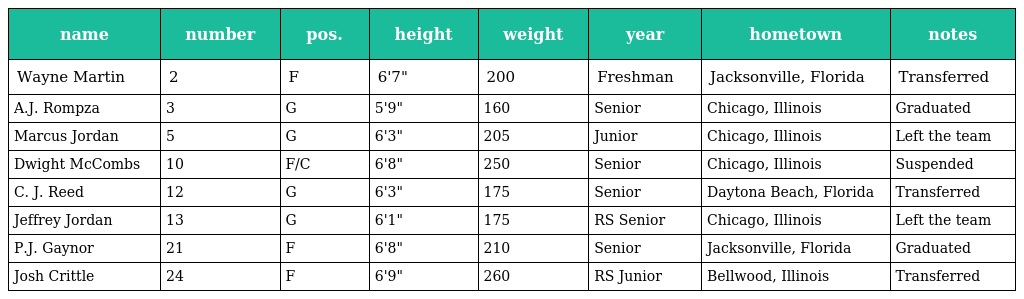
| name | number | pos. | height | weight | year | hometown | notes |
 | --- | --- | --- | --- | --- | --- | --- | --- |
 | Wayne Martin | 2 | F | 6'7" | 200 | Freshman | Jacksonville, Florida | Transferred |
 | A.J. Rompza | 3 | G | 5'9" | 160 | Senior | Chicago, Illinois | Graduated |
 | Marcus Jordan | 5 | G | 6'3" | 205 | Junior | Chicago, Illinois | Left the team |
 | Dwight McCombs | 10 | F/C | 6'8" | 250 | Senior | Chicago, Illinois | Suspended |
 | C. J. Reed | 12 | G | 6'3" | 175 | Senior | Daytona Beach, Florida | Transferred |
 | Jeffrey Jordan | 13 | G | 6'1" | 175 | RS Senior | Chicago, Illinois | Left the team |
 | P.J. Gaynor | 21 | F | 6'8" | 210 | Senior | Jacksonville, Florida | Graduated |
 | Josh Crittle | 24 | F | 6'9" | 260 | RS Junior | Bellwood, Illinois | Transferred |